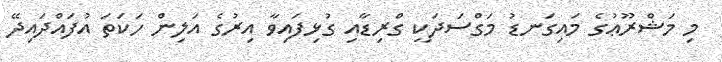
މި މަޝްރޫޢުގެ މައިގަނޑު މަގްސަދަކީ ގްރިޑާއި ގުޅިފައިވާ އިރުގެ އަލިން ހަކަތަ އުފައްދައިދޭ